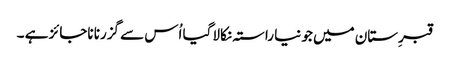
قبرِستان میں جو نیا راستہ نکالا گیا اُس سے گزرنا ناجائز ہے ۔